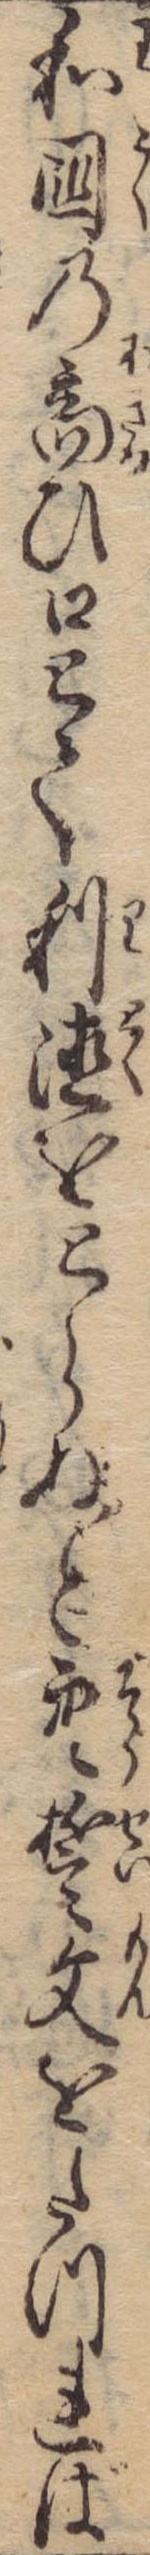
和国の商ひ口とて利徳をとらぬと空誓文をたつれば